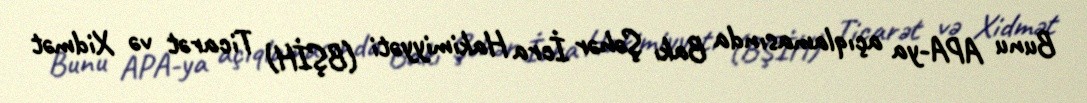
Bunu APA-ya açıqlamasında Bakı Şəhər İcra Hakimiyyəti (BŞİH) Ticarət və Xidmət